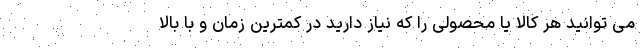
می توانید هر کالا یا محصولی را که نیاز دارید در کمترین زمان و با بالا